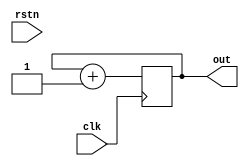
`timescale 1ns / 1ps
//////////////////////////////////////////////////////////////////////////////////
// Company: 
// Engineer: 
// 
// Design Name: 
// Module Name: counter16b
// Project Name: 
// Target Devices: 
// Tool Versions: 
// Description: 
// 
// Dependencies: 
// 
// Revision:
// Revision 0.01 - File Created
// Additional Comments:
// 
//////////////////////////////////////////////////////////////////////////////////



module counter16b (  input clk,               // Declare input port for clock to allow counter to count up
                  input rstn,              // Declare input port for reset to allow the counter to be reset to 0 when required
                  output reg[15:0] out);    // Declare 16-bit output port to get the counter values
 
  // This always block will be triggered at the rising edge of clk (0->1)
  // Once inside this block, it checks if the reset is 0, if yes then change out to zero
  // If reset is 1, then design should be allowed to count up, so increment counter
  always @ (posedge clk) begin
//TODO    if ( rstn)
//      out <= 0;
//    else 
      out <= out + 1;
  end
endmodule